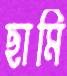
ছামি